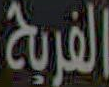
الفريح